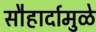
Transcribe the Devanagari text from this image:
सौहार्दामुळे